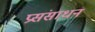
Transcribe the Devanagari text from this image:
प्रसंसाधन